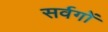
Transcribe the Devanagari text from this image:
सर्वगों